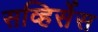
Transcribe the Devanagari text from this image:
सव्हिर्सेस